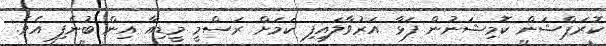
ކޮރަޕްޝަން ކޮމިޝަނުން ފަޅާ އަރުވާލައިފި ކަމަށް ރަސްމީ މީޑިއާ އިން ބުނެފި އެވެ.